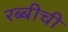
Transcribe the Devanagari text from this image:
रब्बीची